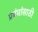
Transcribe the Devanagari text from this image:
प्रबंधांसाठी